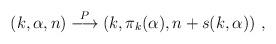
LaTeX: \begin{align*}(k,\alpha,n)\stackrel{P}{\longrightarrow} (k,\pi_k(\alpha),n+ s(k,\alpha))~,\end{align*}